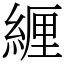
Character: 緾